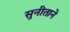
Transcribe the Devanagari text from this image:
सुनीताने